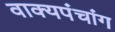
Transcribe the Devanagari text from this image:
वाक्यपंचांग